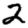
Digit: 2